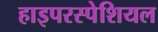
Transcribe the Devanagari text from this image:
हाइपरस्पेशियल